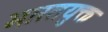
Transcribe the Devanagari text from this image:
भारतयुक्त